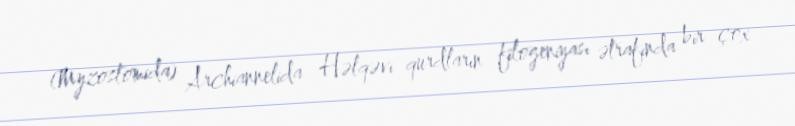
(Myzostomida) Archiannelida Həlqəvi qurdların filogeniyası ətrafında bir çox